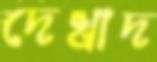
দেখাদ